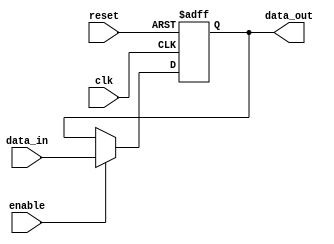
module bidirectional_buffer(
    input wire clk,
    input wire reset,
    input wire enable,
    input wire data_in,
    output reg data_out
);

reg buffer;

always @(posedge clk or posedge reset) begin
    if (reset) begin
        buffer <= 0;
    end else if (enable) begin
        buffer <= data_in;
    end
end

assign data_out = buffer;

endmodule